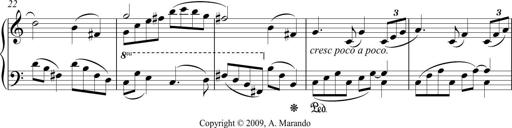
Title: Sonatina No. 1 in C
Composer: A. Marando
Key: C major